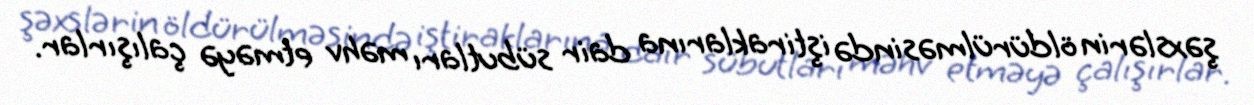
şəxslərin öldürülməsində iştiraklarına dair sübutları məhv etməyə çalışırlar.